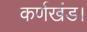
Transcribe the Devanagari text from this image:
कर्णखंड।